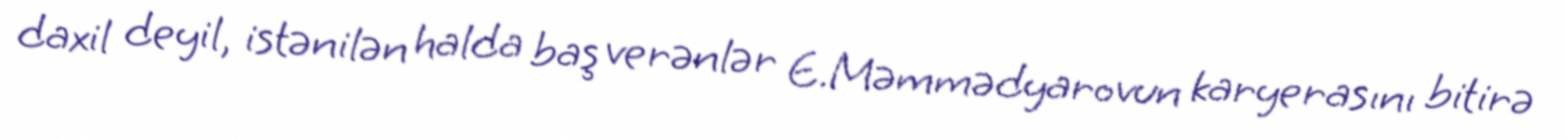
daxil deyil, istənilən halda baş verənlər E.Məmmədyarovun karyerasını bitirə